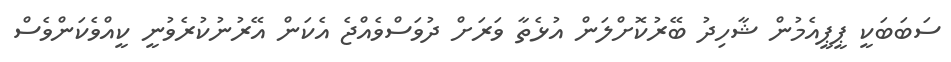
ސަބަބަކީ ޕީޕީއެމުން ޝާހިދު ބޭރުކޮށްލަން އުޅެތާ ވަރަށް ދުވަސްވެއްޖެ އެކަން އޭރުނުކުރެވުނީ ކީއްވެކަންވެސް